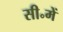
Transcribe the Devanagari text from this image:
सी॰में